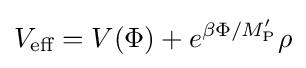
V_{\text{eff}}=V(\Phi )+e^{\beta \Phi /M'_{\text{P}}}\rho